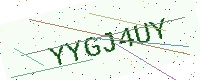
Text: YYGJ4UY